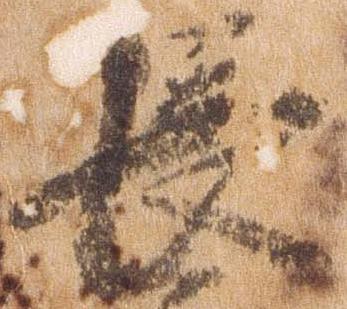
長